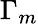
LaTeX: \Gamma_{m}